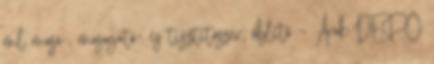
ml mosó-, mosogató- és tisztítószer, öblítő – Árak DEPO